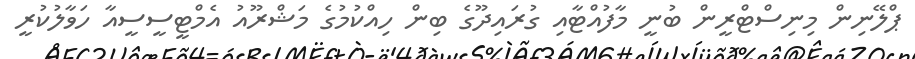
ޕްލޭނިން މިނިސްޓްރީން ބުނީ މާފުއްޓާއި ގުރައިދޫގެ ބިން ހިއްކުމުގެ މަޝްރޫއު އެމްޓީސީސީއާ ހަވާލުކުރީ